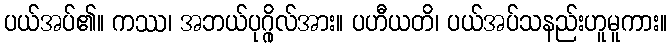
ပယ်အပ်၏။ ကဿ၊ အဘယ်ပုဂ္ဂိုလ်အား။ ပဟီယတိ၊ ပယ်အပ်သနည်းဟူမူကား။